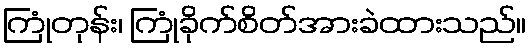
ကြုံတုန်း၊ ကြုံခိုက်စိတ်အားခဲထားသည်။